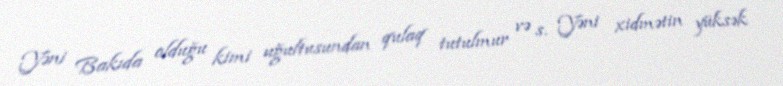
Yəni Bakıda olduğu kimi uğultusundan qulaq tutulmur və s. Yəni xidmətin yüksək